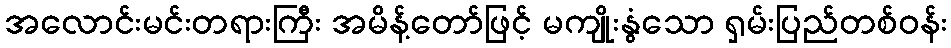
အလောင်းမင်းတရားကြီး အမိန့်တော်ဖြင့် မကျိုးနွံသော ရှမ်းပြည်တစ်ဝန်း